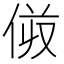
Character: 𠈼